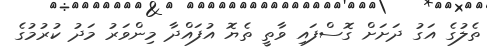
ތެލުގެ އަގު ދަށަށް ގޮސްފައި ވާތީ ތެޔޮ އުފައްދާ މިންވަރު މަދު ކުރުމުގެ